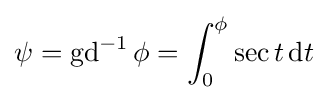
\psi =\operatorname {gd} ^{-1}\phi =\int _{0}^{\phi }\sec t\,\mathrm {d} t